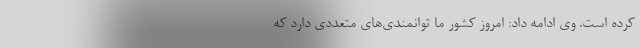
کرده است. وی ادامه داد: امروز کشور ما توانمندی‌های متعددی دارد که